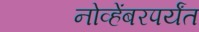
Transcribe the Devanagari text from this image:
नोव्हेंबरपर्यंत